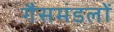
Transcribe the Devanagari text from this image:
गैसमंडलों